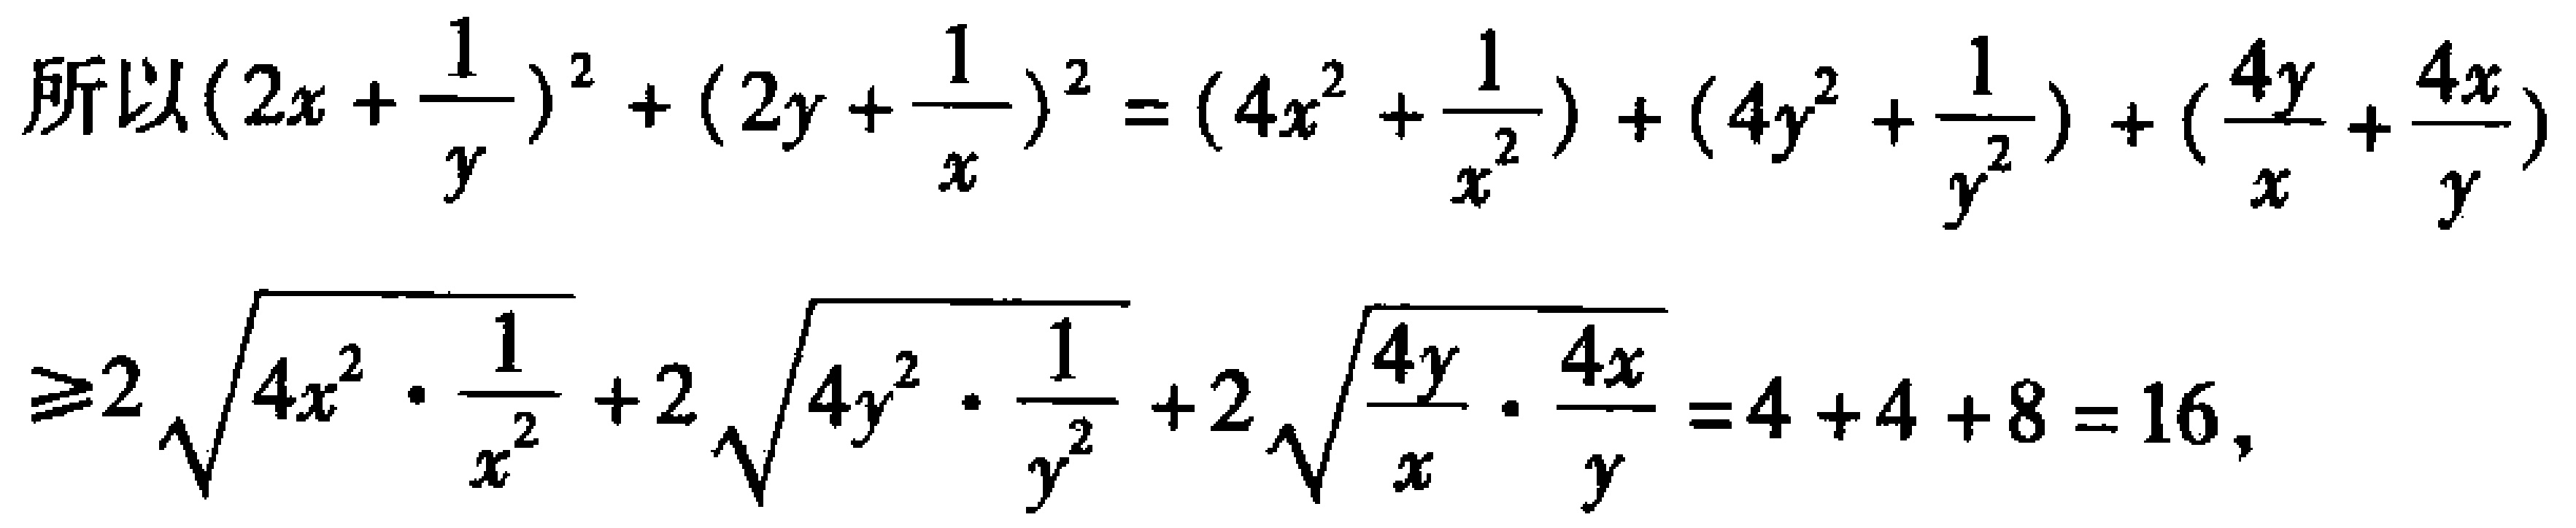
\[

\begin{align*}

\text{所以}(2x + \frac{1}{y})^2 + (2y + \frac{1}{x})^2&=(4x^2 + \frac{1}{x^2})+(4y^2 + \frac{1}{y^2})+(\frac{4y}{x}+\frac{4x}{y})\\

\geq2\sqrt{4x^2\cdot\frac{1}{x^2}}+2\sqrt{4y^2\cdot\frac{1}{y^2}}+2\sqrt{\frac{4y}{x}\cdot\frac{4x}{y}}&=4 + 4+8 = 16,

\end{align*}

\]